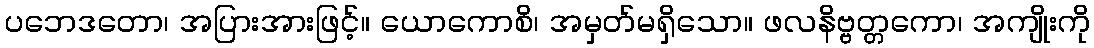
ပဘေဒတော၊ အပြားအားဖြင့်။ ယောကောစိ၊ အမှတ်မရှိသော။ ဖလနိဗ္ဗတ္တကော၊ အကျိုးကို